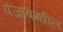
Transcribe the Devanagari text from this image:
पंजाबम्धील